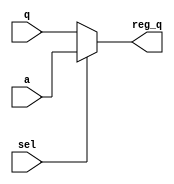
`timescale 1ns / 1ps
//////////////////////////////////////////////////////////////////////////////////
// Company: 
// Engineer: 
// 
// Design Name: 
// Module Name: q_mux
// Project Name: 
// Target Devices: 
// Tool Versions: 
// Description: 
// 
// Dependencies: 
// 
// Revision:
// Revision 0.01 - File Created
// Additional Comments:
// 
//////////////////////////////////////////////////////////////////////////////////


module q_mux(a, q, sel, reg_q);
    input [31:0] a;
    input [31:0] q;
    input sel;
    output reg [31:0] reg_q;
    
    always @(*)
    begin
        if (sel == 1)
        begin
            reg_q = a;
        end
        else
        begin
            reg_q = q;
        end
    end
endmodule